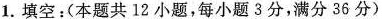
1.填空：(本题共12小题，每小题3分，满分36分)